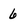
Character: 6